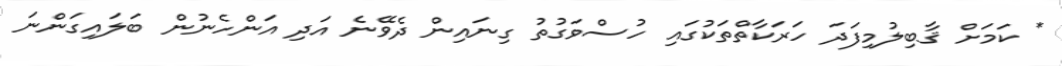
* ކަމަށް ޤާބިލުމިފަދަ ހަރަކާތްތަކުގައި ހުސްވަގުތު ގިނައިން ދެވޭނެ އަދި އަންހެނުން ބަލައިގަންނަ